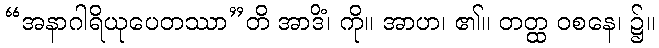
“အနာဂါရိယုပေတဿာ”တိ အာဒိံ၊ ကို။ အာဟ၊ ၏။ တတ္ထ ဝစနေ၊ ၌။